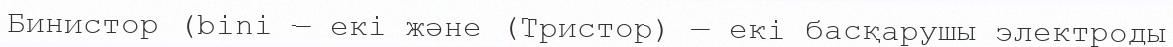
Бинистор (bini — екі және (Тристор) — екі басқарушы электроды